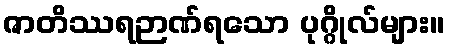
ဇာတိဿရဉာဏ်ရသော ပုဂ္ဂိုလ်များ။